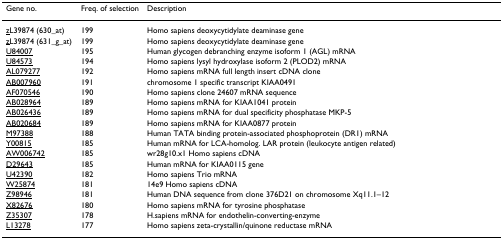
| Gene no. | Freq. of selection | Description |
 | --- | --- | --- |
 | zL39874 (630_at) | 199 | Homo sapiens deoxycytidylate deaminase gene |
 | zL39874 (631_g_at) | 199 | Homo sapiens deoxycytidylate deaminase gene |
 | U84007 | 195 | Human glycogen debranching enzyme isoform 1 (AGL) mRNA |
 | U84573 | 194 | Homo sapiens lysyl hydroxylase isoform 2 (PLOD2) mRNA |
 | AL079277 | 192 | Homo sapiens mRNA full length insert cDNA clone |
 | AB007960 | 191 | chromosome 1 specific transcript KIAA0491 |
 | AF070546 | 190 | Homo sapiens clone 24607 mRNA sequence |
 | AB028964 | 189 | Homo sapiens mRNA for KIAA1041 protein |
 | AB026436 | 189 | Homo sapiens mRNA for dual specificity phosphatase MKP-5 |
 | AB020684 | 189 | Homo sapiens mRNA for KIAA0877 protein |
 | M97388 | 188 | Human TATA binding protein-associated phosphoprotein (DR1) mRNA |
 | Y00815 | 185 | Human mRNA for LCA-homolog. LAR protein (leukocyte antigen related) |
 | AW006742 | 185 | wr28g10.x1 Homo sapiens cDNA |
 | D29643 | 185 | Human mRNA for KIAA0115 gene |
 | U42390 | 182 | Homo sapiens Trio mRNA |
 | W25874 | 181 | 14e9 Homo sapiens cDNA |
 | Z98946 | 181 | Human DNA sequence from clone 376D21 on chromosome Xq11.1–12 |
 | X82676 | 180 | Homo sapiens mRNA for tyrosine phosphatase |
 | Z35307 | 178 | H.sapiens mRNA for endothelin-converting-enzyme |
 | L13278 | 177 | Homo sapiens zeta-crystallin/quinone reductase mRNA |